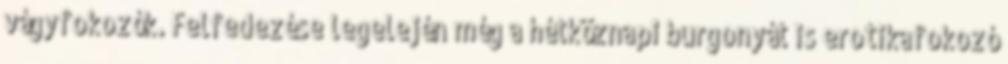
vágyfokozók. Felfedezése legelején még a hétköznapi burgonyát is erotikafokozó